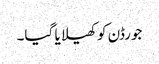
جورڈن کو کھیلا یا گیا۔